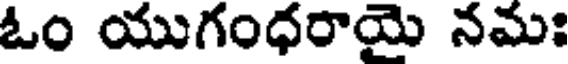
ఓం యుగంధరాయై నమః